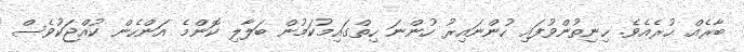
ބާރެއް ހުރެއެވެ. ހިނިތުންވުފައި ހުންނައިރު ހުންނަ ހިތްގައިމުކަމުން ބަލާލި ކޮންމެ އަންހެން ކުއްޖަކުވެސް